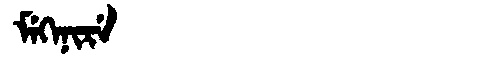
Manchu: ᠮᡝᡴᡝᠨᡳᡵᡝ
Romanization: MEKENIRE